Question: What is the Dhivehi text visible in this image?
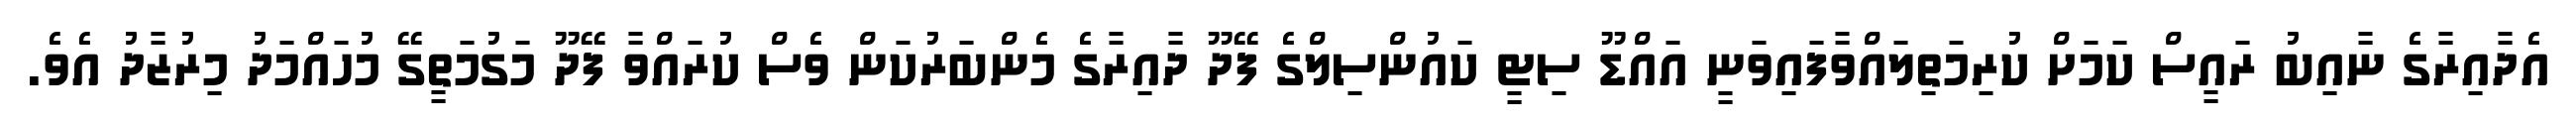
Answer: އެދާއިރާގެ ނާއިބު ރައީސް ކަމަށް ކުރިމަތިލައްވާފައިވަނީ އައްޑޫ ސިޓީ ކައުންސިލްގެ ފޭދޫ ދާއިރާގެ މެންބަރުކަން ވެސް ކުރައްވާ ފޭދޫ މަގުމަތީގޭ މުހައްމަދު މިރުޒާދު އެވެ.